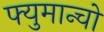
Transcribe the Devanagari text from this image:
फ्युमान्चो